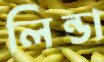
লিন্ডা